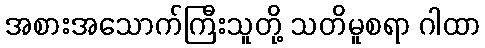
အစားအသောက်ကြီးသူတို့ သတိမူစရာ ဂါထာ